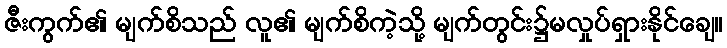
ဇီးကွက်၏ မျက်စိသည် လူ၏ မျက်စိကဲ့သို့ မျက်တွင်း၌မလှုပ်ရှားနိုင်ချေ။